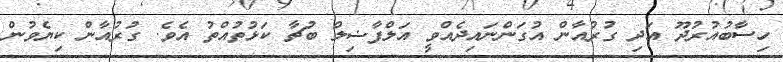
ހިސާބުއުރުދޫ އަދި ގުރުއާން އުގަންނައިދެއްވީ އަލްފާޟިލް ބުޗާ ކަޅުތުއްތު އެވެ. ގުރުއާން ކިޔެވުން